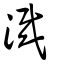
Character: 渽